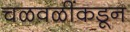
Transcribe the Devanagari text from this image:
चळवळींकडून